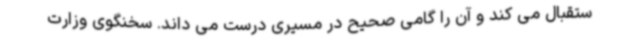
ستقبال می کند و آن را گامی صحیح در مسیری درست می داند. سخنگوی وزارت